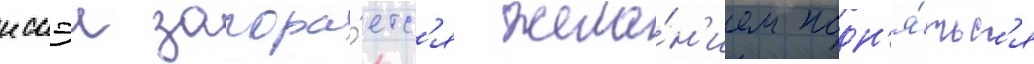
иссэи загора́етс'я жела́н'ием подн'я́тьс'я